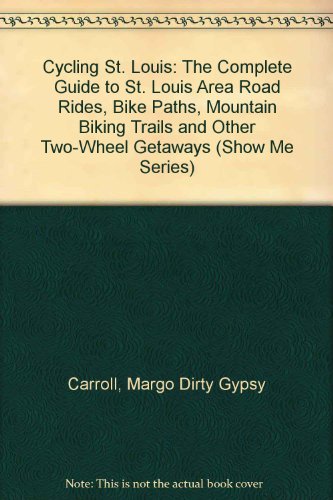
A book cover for Cycling St. Louis: The Complete Guide to St. Louis Area Road Rides, Bike Paths, Mountain Biking Trails and Other Two-Wheel Getaways (Show Me Series); Margo  Carroll; Travel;